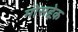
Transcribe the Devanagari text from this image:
मोसद्देक़